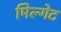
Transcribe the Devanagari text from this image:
मिल्गेट